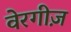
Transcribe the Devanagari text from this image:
वेरगीज़